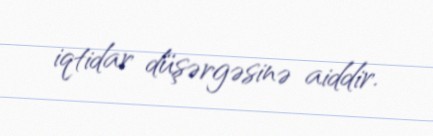
iqtidar düşərgəsinə aiddir.